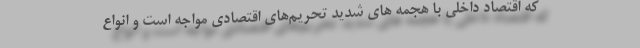
که اقتصاد داخلی با هجمه ‌های شدید تحریم‌های اقتصادی مواجه است و انواع